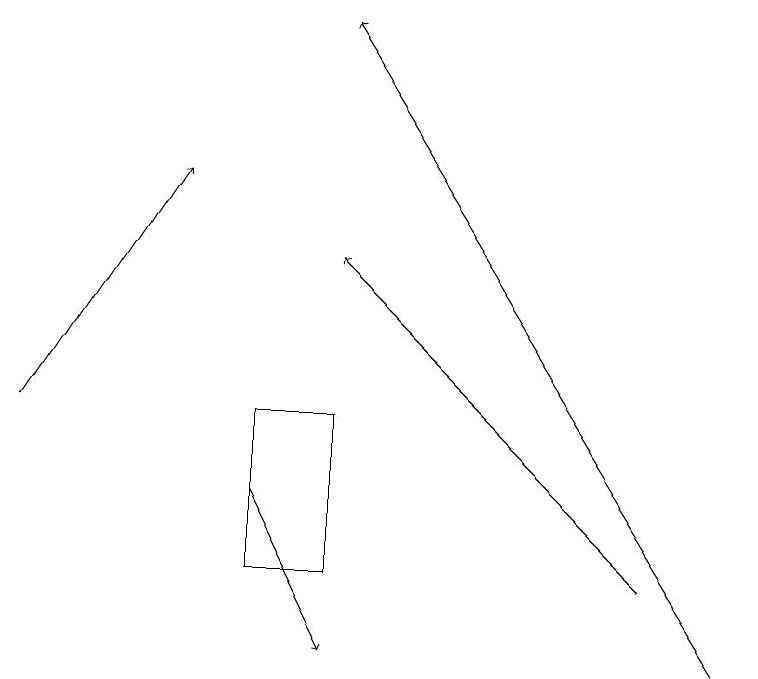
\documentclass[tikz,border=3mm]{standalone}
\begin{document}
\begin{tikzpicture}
\draw (4,14) rectangle (3,12);
\draw[->] (0,14) -- (2,17);
\draw[->] (8,12) -- (4,16);
\draw[->] (3,13) -- (4,11);
\draw[->] (9,11) -- (4,19);
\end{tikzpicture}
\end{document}